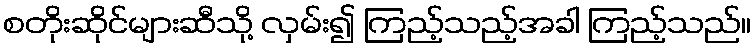
စတိုးဆိုင်များဆီသို့ လှမ်း၍ ကြည့်သည့်အခါ ကြည့်သည်။